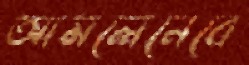
আমলেনেবে